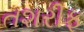
તશરીફ